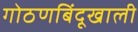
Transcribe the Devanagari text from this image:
गोठणबिंदूखाली